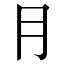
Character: ⺝